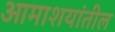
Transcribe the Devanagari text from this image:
आमाशयांतील